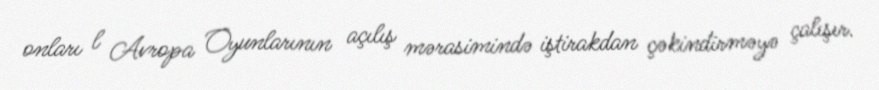
onları l Avropa Oyunlarının açılış mərasimində iştirakdan çəkindirməyə çalışır.